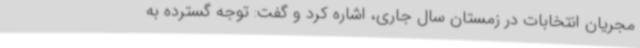
مجریان انتخابات در زمستان سال جاری، اشاره کرد و گفت: توجه گسترده به